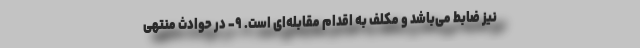
نیز ضابط می‌باشد و مکلف به اقدام مقابله‌ای است. ۹- در حوادث منتهی